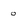
Character: o